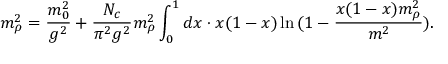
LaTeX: m _ { \rho } ^ { 2 } = \frac { m _ { 0 } ^ { 2 } } { g ^ { 2 } } + \frac { N _ { c } } { \pi ^ { 2 } g ^ { 2 } } m _ { \rho } ^ { 2 } \int _ { 0 } ^ { 1 } d x \cdot x ( 1 - x ) \ln { ( 1 - \frac { x ( 1 - x ) m _ { \rho } ^ { 2 } } { m ^ { 2 } } ) } .